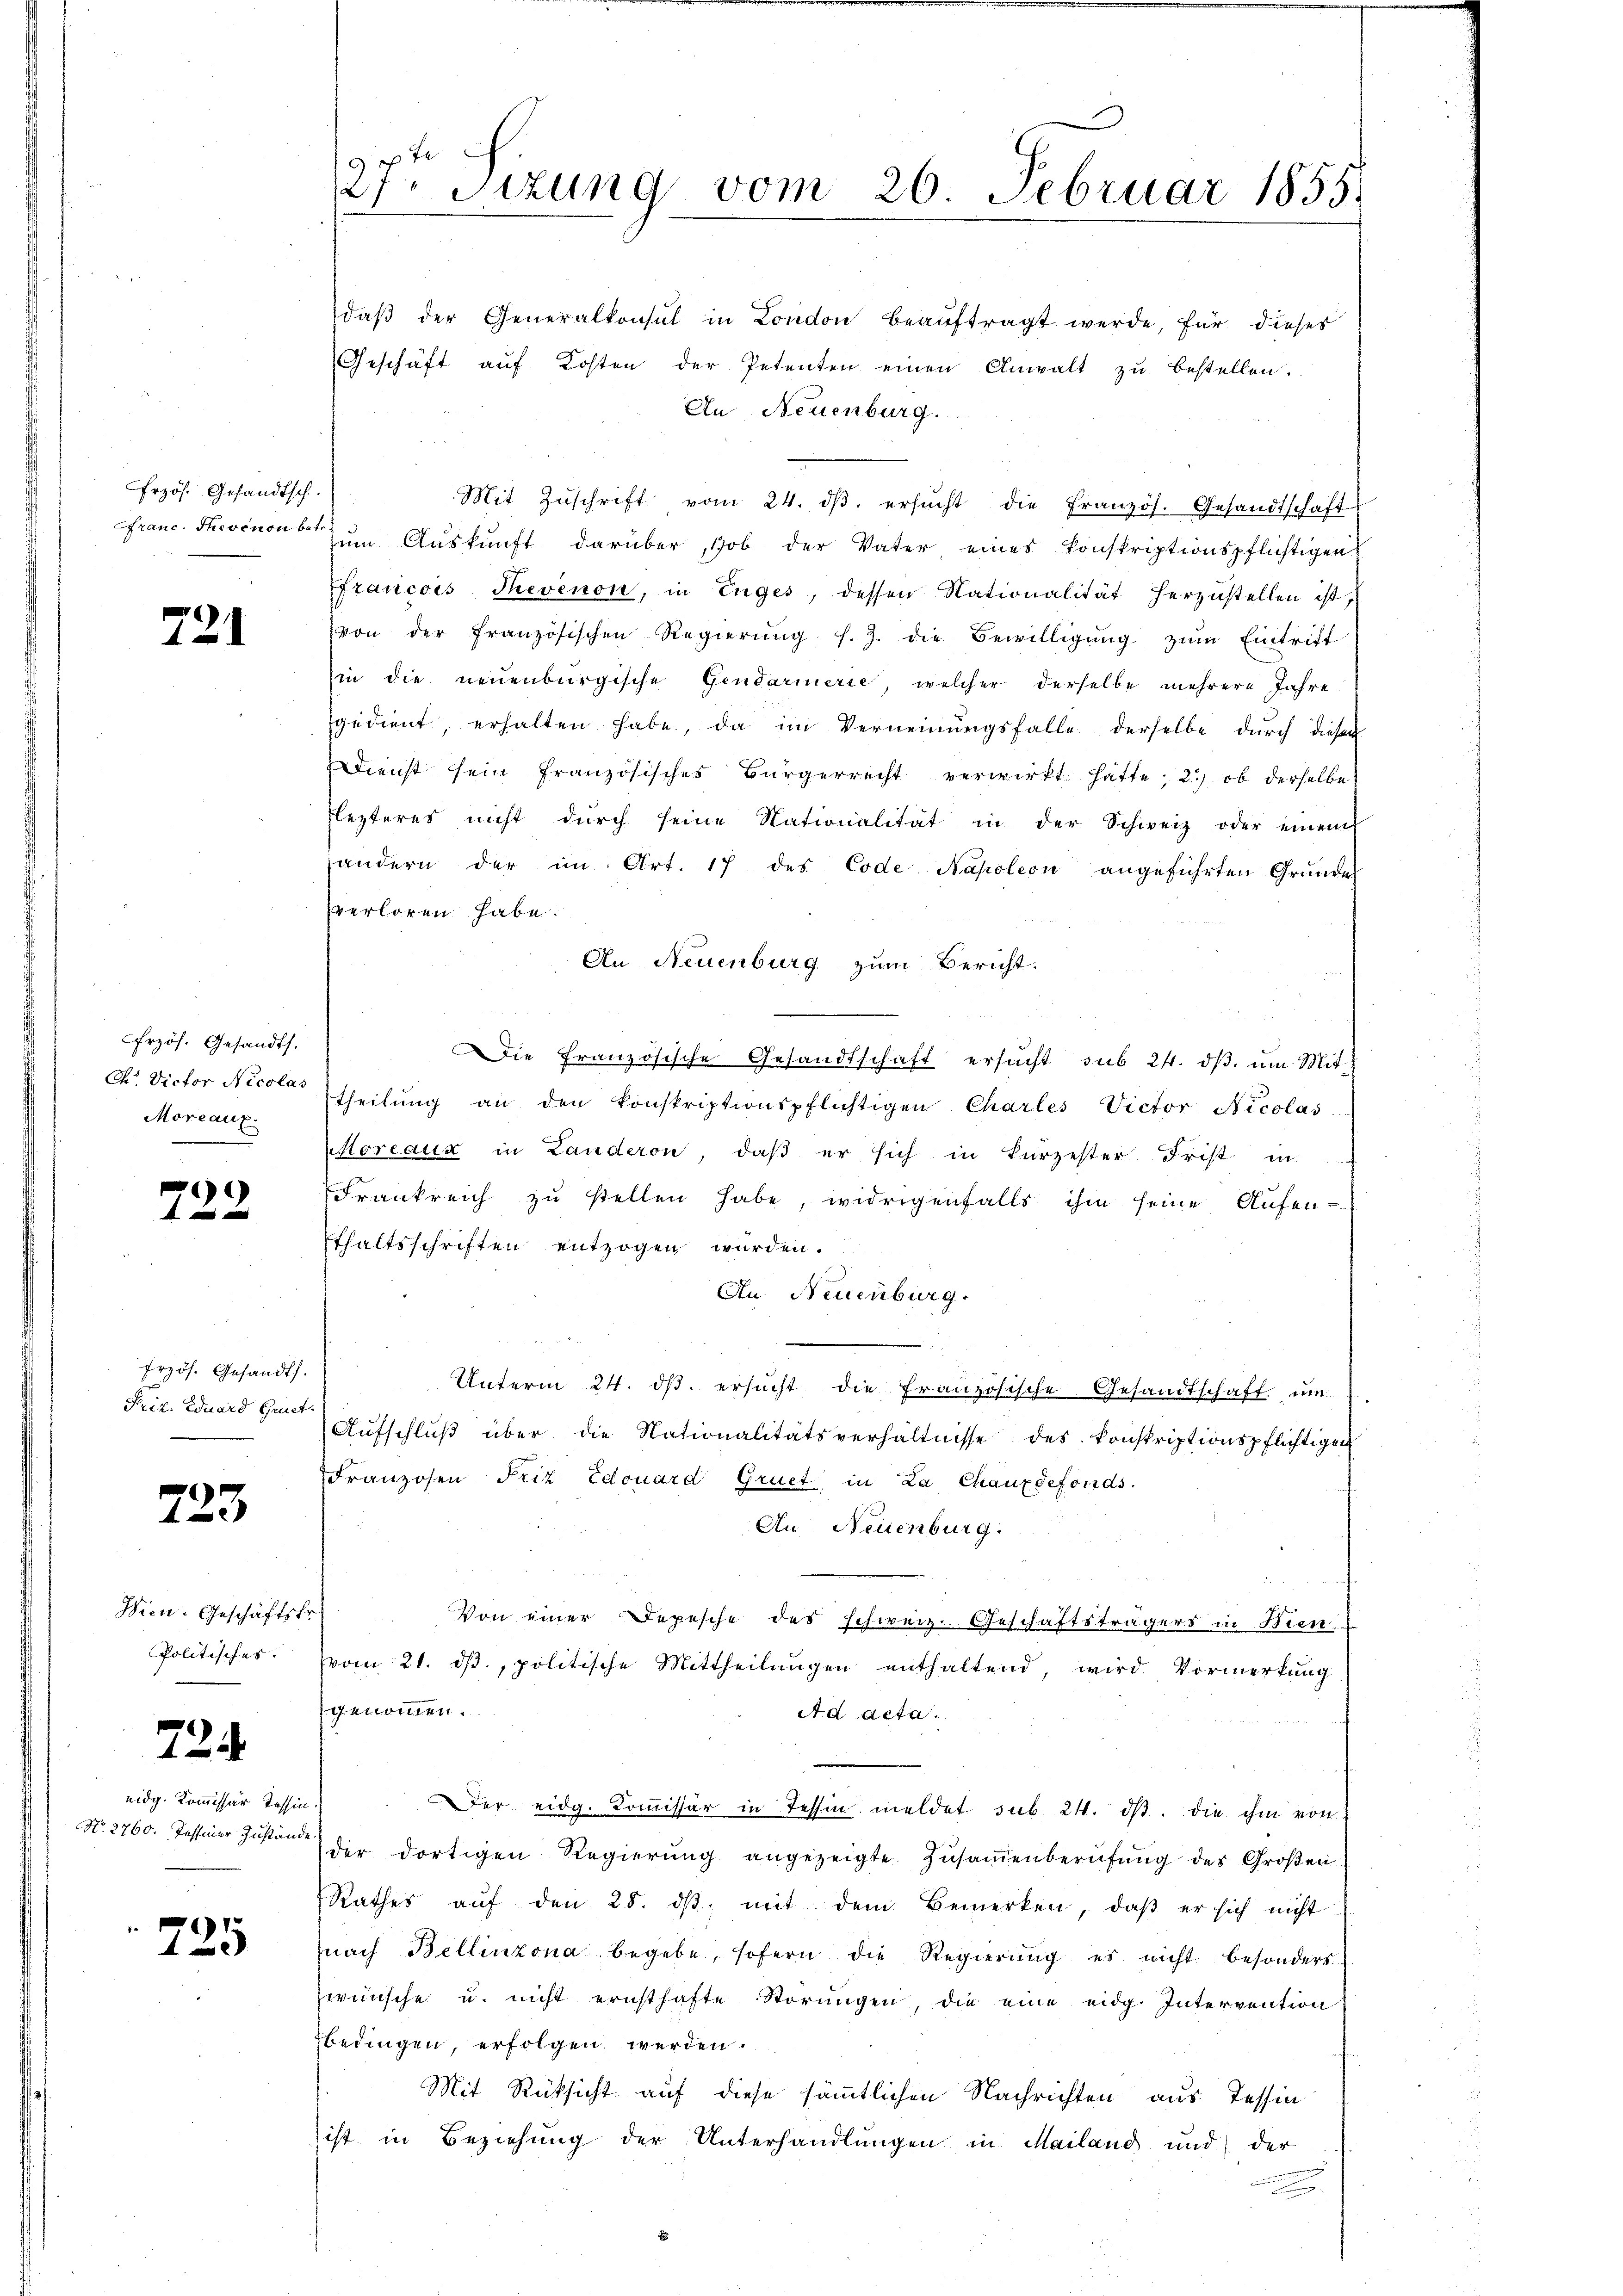
Frzös. Gesandtsch.

721

Erzös. Gesandts.
Chr. Victor Nicolas
Moreaux.

.

Erzös. Gesandt.
Frik. Eduard Gruet-

723

Wien. Geschäftsf
Politisches.

724.

eidg. Kommissär Tessin
No. 2760. Tessiner Zustände

725

27ten Sitzung vom 26. Februar 1855.

daβ der Generalkonsul in London beaŭftragt werde, für dieses
Geschäft aŭf Kosten der Petenten einen Anwalt zu bestellen.
An Neuenburg.
Mit Zŭschrift vom 24. dβ ersŭcht die Französ. Gesandtschaft
franc. Therenone zum Auskunft darüber, ob der Vater eines konskriptionspflichtigen
ffrancois Thevenon, in Enges, dessen Nationalität herzustellen ist,
von der französischen Regierŭng s. Z. die Bewilligŭng zŭm Eintritt
in die neuenburgische Gendarmerie, welcher derselbe mehrere Jahre
gedient, erhalten habe, da im Verneinungsfalle derselbe durch diesen
Dienst sein französisches Bürgerrecht verwirkt hatte; 2) ob derselbe
Flezteres nicht durch seine Nationalität in der Schweiz oder einem
andern der im Art. 17 des Code Napoleon angeführten Grunde
verloren habe.
An Neuenburg zum Bericht.
Die Französische Gesandtschaft ersucht sub 24. dβ, um Mit-
theilŭng an den konskriptionspflichtigen Charles Victor Nicolas
oreaux in Landeron, daß er sich in kurzester Frist in
Frankreich zŭ stellen habe, widrigenfalls ihm seine Aŭfen-
Ethaltsschriften entzogen wurden.
An Neuenburg.
Unterm 24. ds. ersucht die französische Gesandtschaft, um
Aŭfschlŭβ über die Nationalitätsverhältnisse des konskriptionspflichtigen
Franzosen Friz Edouard Gruet in La Chauxdefonds.
An Neuenburg.
Von einer Depesche des schweiz. Geschäftsträgers in Bien
vom 21. ds., politische Mittheilungen enthaltend, wird Vormerkung
genommen.
Ad acta.
Der eidg. Kommissär in Tessin meldet sub. 24. dβ. die ihm von
der dortigen Regierŭng angezeigte Zŭsaṁenberŭfŭng des Groβen
Rathes aŭf den 25. dβ. mit dem Bemerken, daβ er sich nicht
(nach Bellinzona begebe, sofern die Regierung es nicht besonders
zwünsche u. nicht ernsthafte Störungen, die eine eidg. Intervention
bedingen, erfolgen werden.
Mit Rücksicht auf diese sämmtlichen Nachrichten aus Tessin
ist in Beziehung der Unterhandlungen in Mailand und der
.